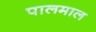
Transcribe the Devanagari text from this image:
पालमाल